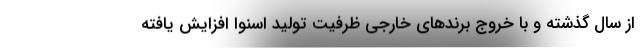
از سال گذشته و با خروج‌ برندهای خارجی ظرفیت تولید اسنوا افزایش یافته